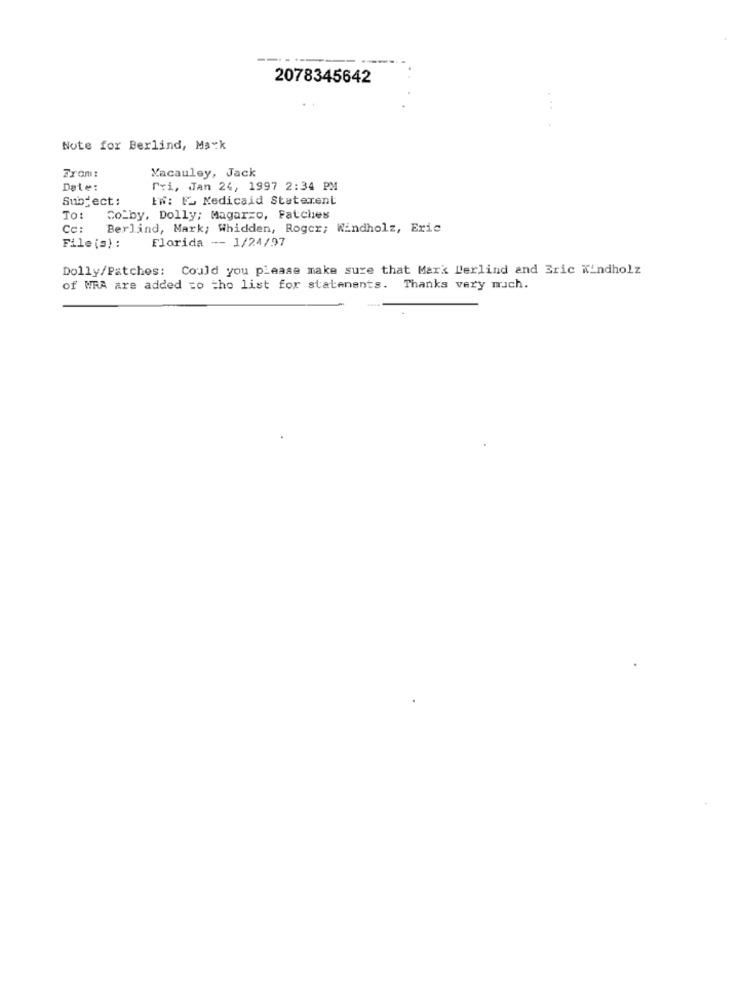
2078345642
Note for Berlind, Mark
From:
Yacauley, Jack
Date:
Tri, Jan 24, 1997 2:34 PM
Subject :
EW: F. Medicaid Statement
TO:
Colby, Dolly; Magarzo, Patches
Cc:
Berlind, Mark; Whidden, Roger; Windholz, Eric
File (s) :
Florida -- 1/24/97
Dolly/Patches: Could you please make sure that Mark Derlind and Eric Kindholz
of WRA are added to the list for statenants. Thanks very much.